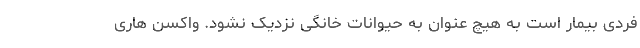
فردی بیمار است به هیچ عنوان به حیوانات خانگی نزدیک نشود. واکسن هاری